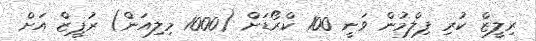
ރިލީޒް ކުރި ފިލްމުން ވަނީ 100 ކްރޯޑަށް (1000 މިލިއަން) ރުޕީޒް އަށް